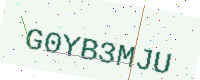
Text: G0YB3MJU